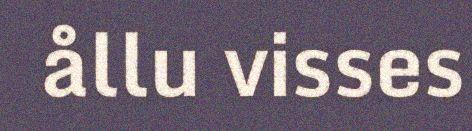
ållu visses